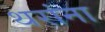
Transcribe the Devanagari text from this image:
थरांना